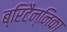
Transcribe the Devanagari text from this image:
ब्रिटैन्निका